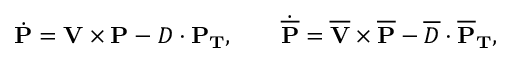
\dot { \mathbf { P } } = \mathbf { V } \times \mathbf { P } - D \cdot \mathbf { P _ { T } } , \qquad \dot { \mathbf { \overline { { { P } } } } } = \mathbf { \overline { { { V } } } } \times \mathbf { \overline { { { P } } } } - \overline { { { D } } } \cdot \mathbf { \overline { { { P } } } _ { T } } ,